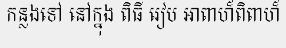
កន្លងទៅ នៅក្នុង ពិធី រៀប អាពាហ៏ពិពាហ៏